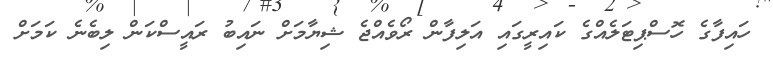
ހައިފާގެ ހޮސްޕިޓަލެއްގެ ކައިރީގައި އަލިފާން ރޯވެއްޖެ ޝިޔާމަށް ނައިބު ރައީސްކަން ލިބެނެ ކަމަށް